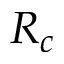
R _ { c }